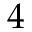
4